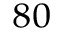
_ { 8 0 }